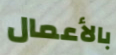
بالأعمال